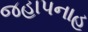
જહાપનાહ